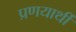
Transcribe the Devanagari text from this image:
प्रणयार्थी